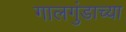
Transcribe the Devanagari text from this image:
गालगुंडाच्या